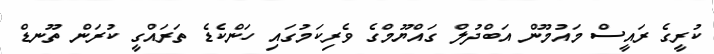
ކުރީގެ ރައީސް މައުމޫން އަބްދުލް ގައްޔޫމްގެ ވެރިކަމުގައި ހަންކެޑެ ތަރައްގީ ކުރަން ތޫނޑް